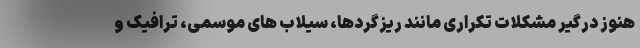
هنوز درگیر مشکلات تکراری مانند ریزگردها، سیلاب های موسمی، ترافیک و